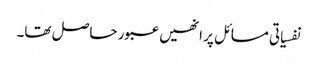
نفسیاتی مسائل پر انھیں عبور حاصل تھا۔